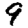
Digit: 9